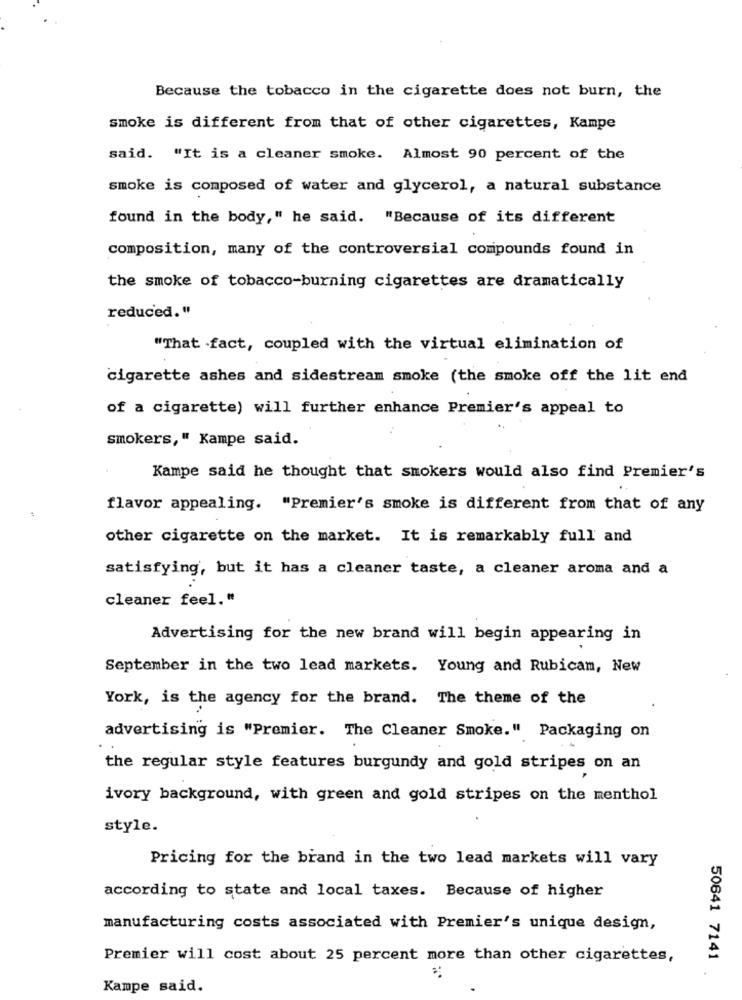
Because the tobacco in the cigarette does not burn, the
smoke is different from that of other cigarettes, Kampe
said. "It is a cleaner smoke. Almost 90 percent of the
smoke is composed of water and glycerol, a natural substance
found in the body," he said. "Because of its different
composition, many of the controversial compounds found in
the smoke of tobacco-burning cigarettes are dramatically
reduced."
"That fact, coupled with the virtual elimination of
cigarette ashes and sidestream smoke (the smoke off the lit end
of a cigarette) will further enhance Premier's appeal to
smokers," Kampe said.
Kampe said he thought that smokers would also find Premier's
flavor appealing. "Premier's smoke is different from that of any
1
other cigarette on the market. It is remarkably full and
satisfying, but it has a cleaner taste, a cleaner aroma and a
cleaner feel."
Advertising for the new brand will begin appearing in
September in the two lead markets. Young and Rubicam, New
York, is the agency for the brand. The theme of the
advertising is "Premier. The Cleaner Smoke." Packaging on
the regular style features burgundy and gold stripes on an
ivory background, with green and gold stripes on the menthol
style.
Pricing for the brand in the two lead markets will vary
according to state and local taxes. Because of higher
manufacturing costs associated with Premier's unique design,
Premier will cost about 25 percent more than other cigarettes,
50641 7141
Kampe said.